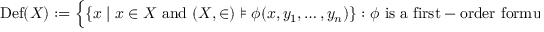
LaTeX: \operatorname { D e f } ( X ) : = { \Bigl \{ } \{ x \mid x \in X { \mathrm { ~ a n d ~ } } ( X , \in ) \models \phi ( x , y _ { 1 } , \ldots , y _ { n } ) \} : \phi { \mathrm { ~ i s ~ a ~ f i r s t - o r d e r ~ f o r m u l a ~ a n d ~ } } y _ { 1 } , \ldots , y _ { n } \in X { \Bigr \} } .